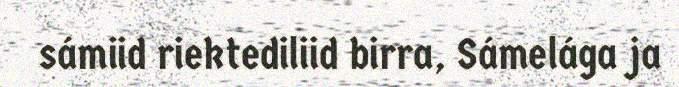
sámiid riektediliid birra, Sámelága ja